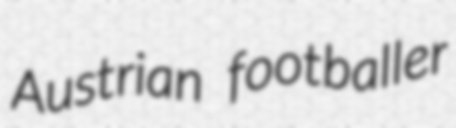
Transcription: Austrian footballer